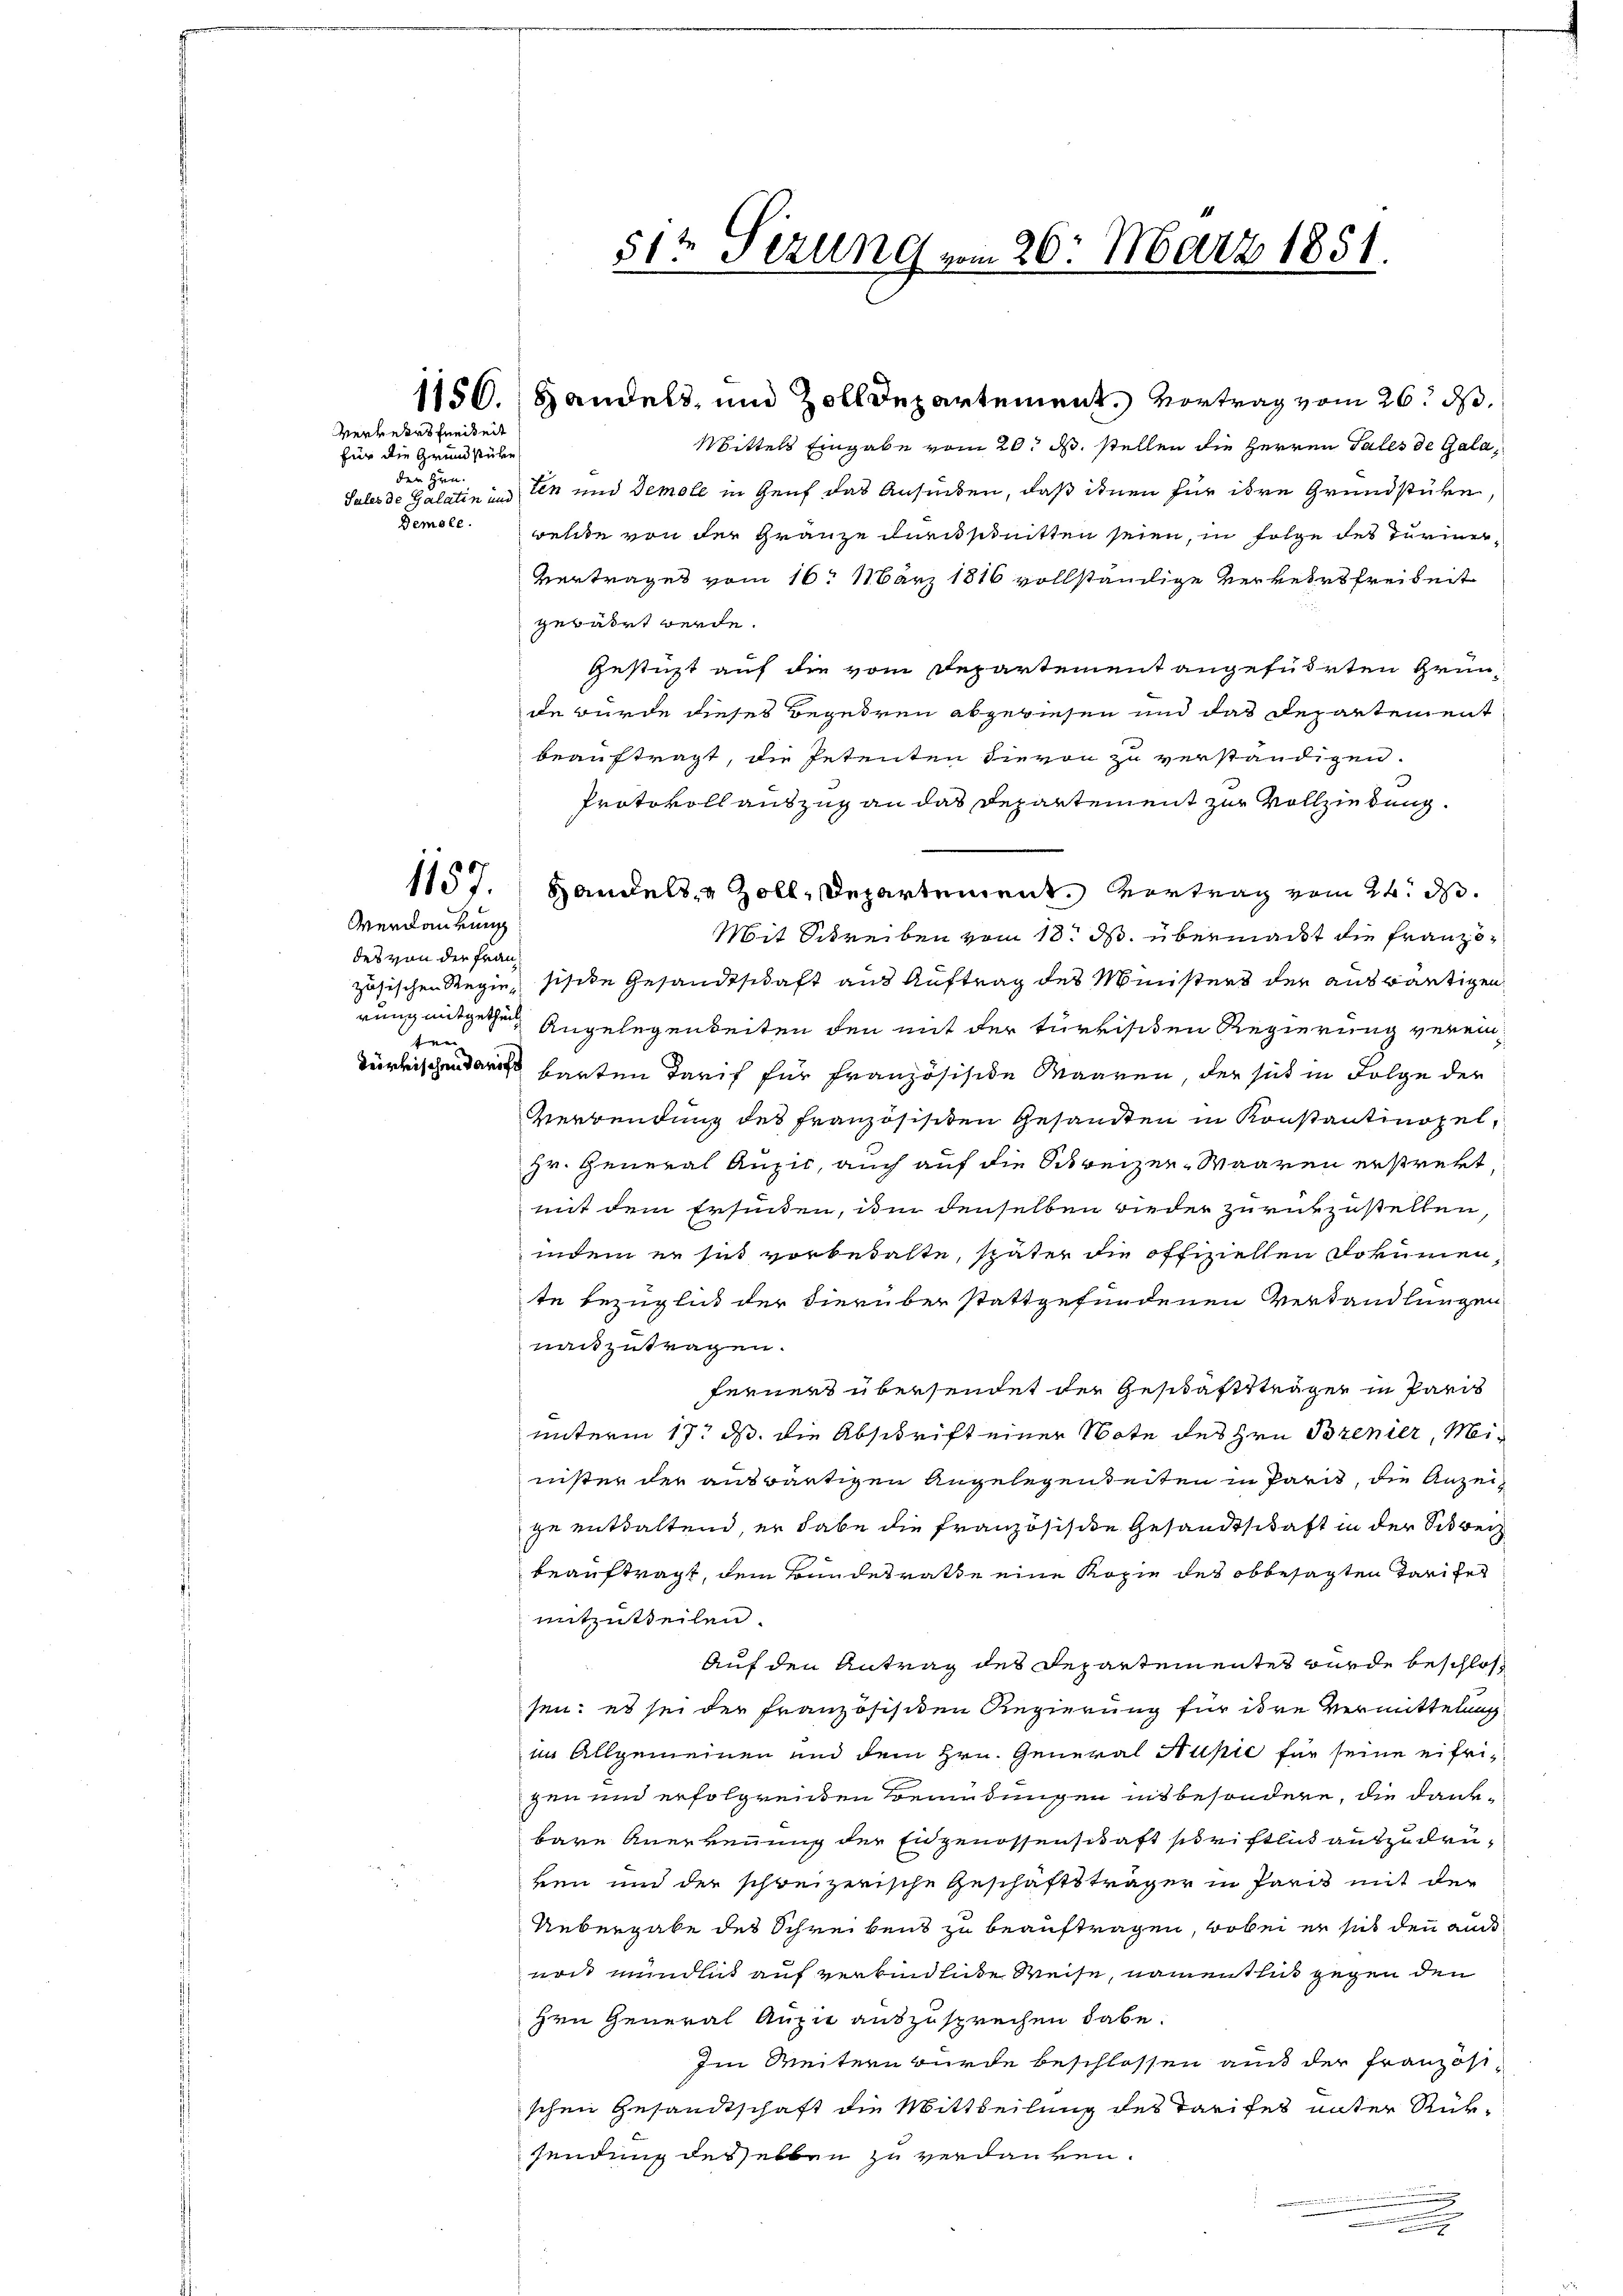
für die Grundstübe
den Hrn.
Demole.

1157.

Verkehrsfunikeit

Verdankung
des von der Frante

Sales de Galatin und ten und Demole in Genf das Ansieden, daß ihnen für ihre Grundstüke
welte von der Gränze durchsmitten seien, in Folge des Turin
Vertrages vom 16. März 1816 vollständige Verkehrsfreiheit
gewährt werde.
gestigt auf die vom Departement angeführten Gründe würde dieses Begehren abgewiesen und das Departement
beauftragt, die Petenten hievon zu verständigen.
Protokoll auszug an das Departement zur Vollziedung.
Handels- & Zoll, Departement. Vertrag vom 24. d.
Mit Schreiben vom 18t J. übermacht die Franzözösischen Regie sische Gesandtschaft aus Auftrag des Ministers der auswärtigen
rung mitgegen Angelegenbeiten den mit der türkischen Regierung vereintürkischen dann barten Tarif für französische Waaren, der sich in Folge der
Verwendung des Französisiten Gesandten in Konstantinopel,
Hr. General Anzić, auch auf die Schreizer-Waaren erstrekt,
mit dem Erfinden, in denselben wieder zurückzustellen,
indem er sit vorbehalte, später die offiziellen Dokumen,
te Bezüglich der hierüber stattgefundenen Verhandlungen
nachzutragen.
ferners übersendet der Geschäftsträgen in Paris
unterm 17. ds. die Abschrift einer Note des Hrn. Brenier, Meinister der auswärtigen Angelegenheiten in Paris, die Anzeige enthaltend, er habe die französische Gesandtschaft in der Strech
beauftragt, dem Bundesrathe eine Kopie des obbesagten Tarifet
mitzutheilen.
Auf den Antrag des Departementes wurde beschlossen: es sei der Französisiden Regierung für ihre Vermittelung
im Allgemeinen und dem Hrn. General Supić für seine eifrigen und erfolgenden Bemüdungen insbesondere, die dankbare Anerkennung der Eidgenossenschaft schriftlich aufzudrüken und der schweizerische Geschäftsträger in Paris mit der
Uebergabe des Schreibens zu beauftragen, wobei er sich den au
eri mündlich auf verbindliche Weise, namenthus gegen den
Hrn General Anzu auszusprechen habe.
Im Weitern wurde beschlossen auch der Französschen Gesandtschaft die Mittheilung des Tarifes unter Rüksendung desselben zu verdanken.
.

51t Sizung vom 26. März 1851.

1156. Handels, und Zolldepartement. Vortrag vom 26. ds.

Mittels Eingabe vom 20. d. stellen die Herren Tales de Gala¬